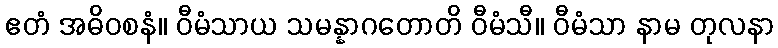
ဧတံ အဓိဝစနံ။ ဝီမံသာယ သမန္နာဂတောတိ ဝီမံသီ။ ဝီမံသာ နာမ တုလနာ